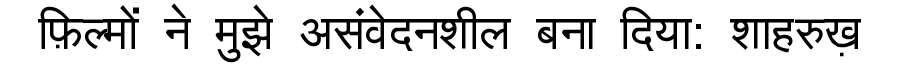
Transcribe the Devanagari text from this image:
फ़िल्मों ने मुझे असंवेदनशील बना दिया: शाहरुख़